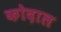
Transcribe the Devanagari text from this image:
कोदाल